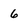
Character: 6